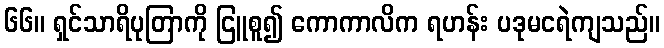
၆၆။ ရှင်သာရိပုတြာကို ငြူစူ၍ ကောကာလိက ရဟန်း ပဒုမငရဲကျသည်။